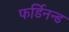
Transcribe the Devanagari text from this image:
फर्डिनन्ड